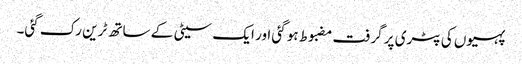
پہیوں کی پٹری پر گرفت مضبوط ہو گئی اور ایک سیٹی کے ساتھ ٹرین رک گئی۔